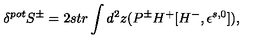
\delta ^ { p o t } S ^ { \pm } = 2 s t r \int d ^ { 2 } z ( P ^ { \pm } H ^ { + } [ H ^ { - } , \epsilon ^ { s , 0 } ] ) ,